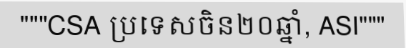
"""CSA ប្រទេសចិន២០ឆ្នាំ, ASI"""